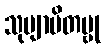
သုဗျာပိတမ္ဗု